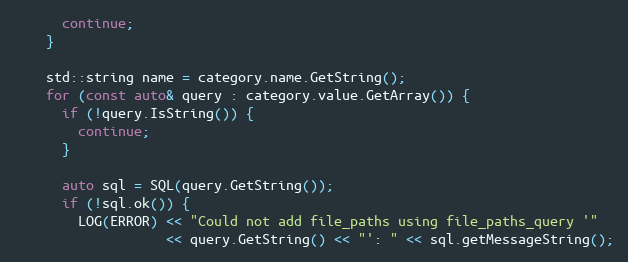
Language: C++
      continue;
    }

    std::string name = category.name.GetString();
    for (const auto& query : category.value.GetArray()) {
      if (!query.IsString()) {
        continue;
      }

      auto sql = SQL(query.GetString());
      if (!sql.ok()) {
        LOG(ERROR) << "Could not add file_paths using file_paths_query '"
                   << query.GetString() << "': " << sql.getMessageString();